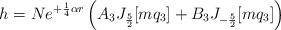
LaTeX: \begin{align*}h = Ne^{+\frac{1}{4}\alpha r}\left( A_3 J_{\frac{5}{2}}[mq_3] +B_3 J_{-\frac{5}{2}}[mq_3]\right)\end{align*}